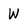
Character: W